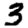
Digit: 3